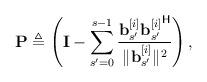
LaTeX: \begin{align*}\mathbf{P} &\triangleq \left( \mathbf{I} - \sum_{s'=0}^{s-1}\frac{ \mathbf{b}_{s'}^{[i]}{\mathbf{b}_{s'}^{[i]}}^{\mathsf{H}}}{\|\mathbf{b}_{s'}^{[i]}\|^2}\right),\end{align*}